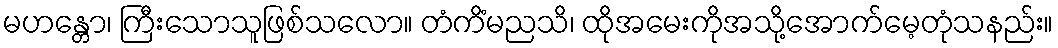
မဟန္တော၊ ကြီးသောသူဖြစ်သလော။ တံကိံမညသိ၊ ထိုအမေးကိုအသို့အောက်မေ့တုံသနည်း။